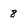
Character: 8